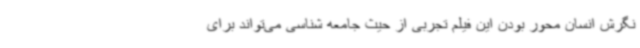
نگرش انسان محور بودن این فیلم تجربی از حیث جامعه شناسی می‌تواند برای